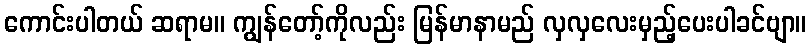
ကောင်းပါတယ် ဆရာမ။ ကျွန်တော့်ကိုလည်း မြန်မာနာမည် လှလှလေးမှည့်ပေးပါခင်ဗျာ။